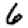
Digit: 6